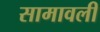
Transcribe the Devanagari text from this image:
सामावली